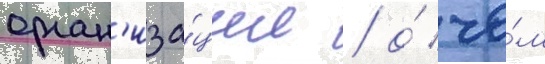
орган'иза́ции / о́ че́м